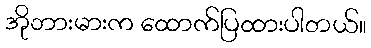
အိုဘားမားက ထောက်ပြထားပါတယ်။